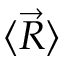
\langle { \vec { R } } \rangle